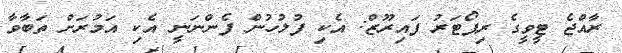
ރާއްޖެ ޓީވީގެ ރިޕޯޓަރު ފައިރޫޒް: އެކި ފުލުހުން ފެންނަނީ އެކި އަމުރަށް ތަބާވާ